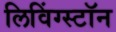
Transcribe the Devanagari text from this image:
लिविंग्स्टॉन